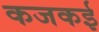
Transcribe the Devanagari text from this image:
कजकई